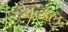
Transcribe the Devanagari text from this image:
मन्ड़्ल